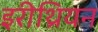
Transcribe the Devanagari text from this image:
इरीथ्रियन